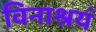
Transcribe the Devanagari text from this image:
विनाश्रयं